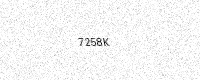
Text: 7258K